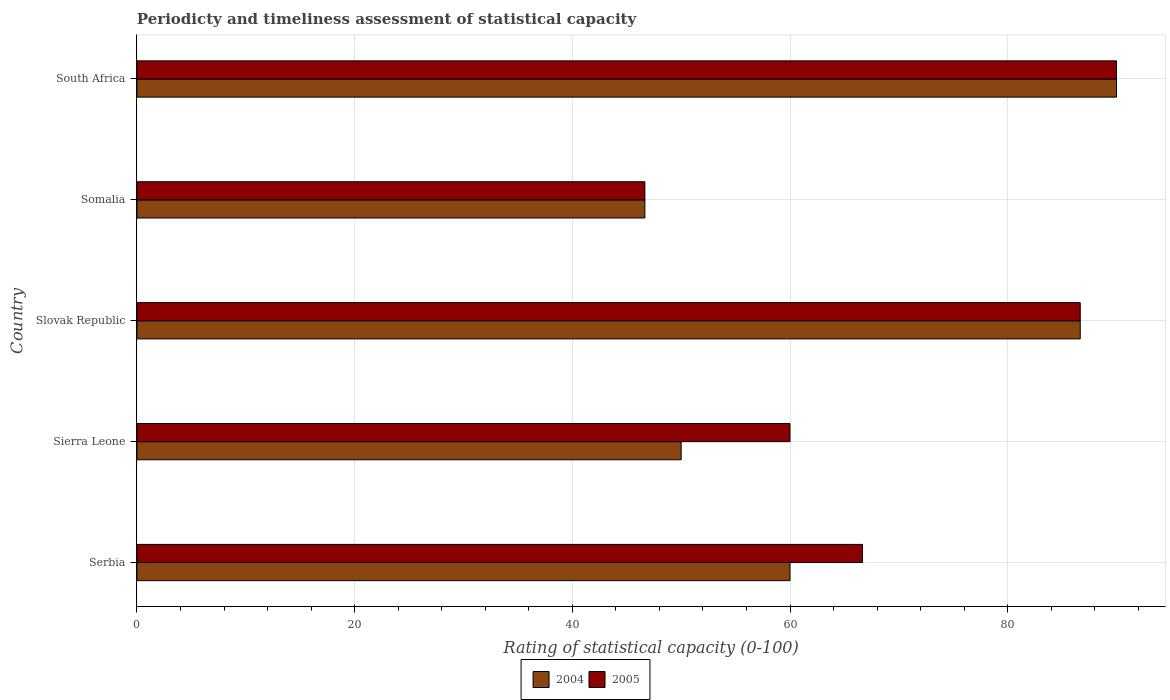
| Country | 2004 | 2005 |
 | --- | --- | --- |
 | Serbia | 60 | 66.7 |
 | Sierra Leone | 50 | 60 |
 | Slovak Republic | 86.7 | 86.7 |
 | Somalia | 46.7 | 46.7 |
 | South Africa | 90 | 90 |